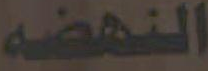
النهضه